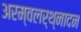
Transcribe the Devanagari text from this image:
अरम्वलर्थ्नादन